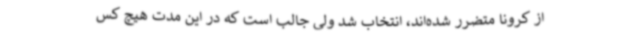
از کرونا متضرر شده‌اند، انتخاب شد ولی جالب است که در این مدت هیچ کس